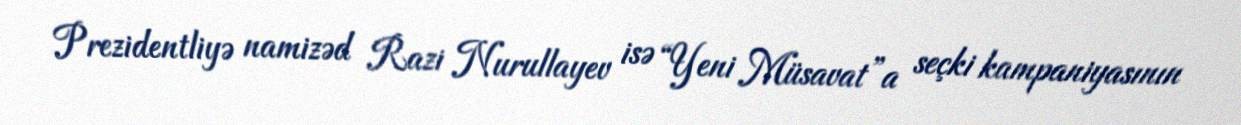
Prezidentliyə namizəd Razi Nurullayev isə “Yeni Müsavat”a seçki kampaniyasının